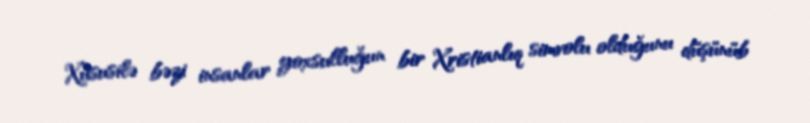
Xüsusilə bəzi insanlar yoxsulluğun bir Xristianlıq simvolu olduğunu düşünüb